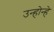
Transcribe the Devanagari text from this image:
उन्होन्हे